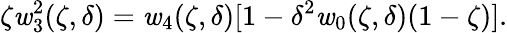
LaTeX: \zeta\mathit{w}_{3}^{2}(\zeta,\delta)=\mathit{w}_{4}(\zeta,\delta)[1-\delta^{2}\mathit{w}_{0}(\zeta,\delta)(1-\zeta)].